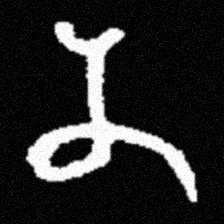
Pyu character \u2014 Myanmar letter: န (romanized: na)